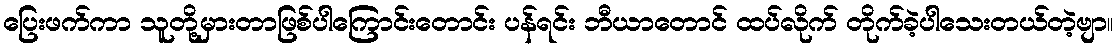
ပြေးဖက်ကာ သူတို့မှားတာဖြစ်ပါကြောင်းတောင်း ပန်ရင်း ဘီယာတောင် ထပ်လိုက် တိုက်ခဲ့ပါသေးတယ်တဲ့ဗျာ။